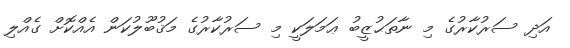
އަދި ސަރުކާރުގެ މި ނާތަޙުޒީބު ޢަމަލަކީ މި ސަރުކާރުގެ މަޤުބޫލުކަން އެއްކޮށް ގެއްލި